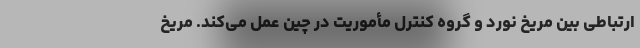
ارتباطی بین مریخ نورد و گروه کنترل مأموریت در چین عمل می‌کند. مریخ